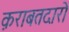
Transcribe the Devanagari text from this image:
क़राबतदारो